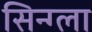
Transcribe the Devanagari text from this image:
सिन्ग्ला